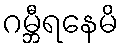
ဂမ္ဘီရနေမိ